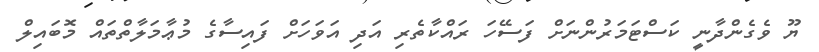
ޔޫ ވެގެންދާނީ ކަސްޓަމަރުންނަށް ފަސޭހަ ރައްކާތެރި އަދި އަވަހަށް ފައިސާގެ މުޢާމަލާތްތައް މޮބައިލް